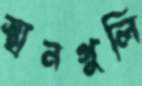
স্থানগুলি